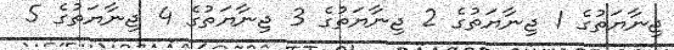
ޖިނާޔަތުގެ 1 ޖިނާޔަތުގެ 2 ޖިނާޔަތުގެ 3 ޖިނާޔަތުގެ 4 ޖިނާޔަތުގެ 5